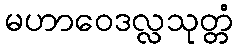
မဟာဝေဒလ္လသုတ္တံ